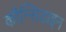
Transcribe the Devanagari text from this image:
कौन्सिडाइन